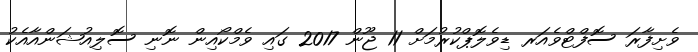
ވެށިފާރަ ސޮފްޓްވެއަރ ޑިވެލޮޕްކުރުމަށް 11 ޖޫން 2017 ގައި ވެމްކޯއިން ނޮނި ސޮލިއުޝަންއާއެކު